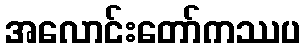
အလောင်းတော်ကဿပ